Report on vaccination in Madras 1877-1894 - 1877-1894
Year: 1877
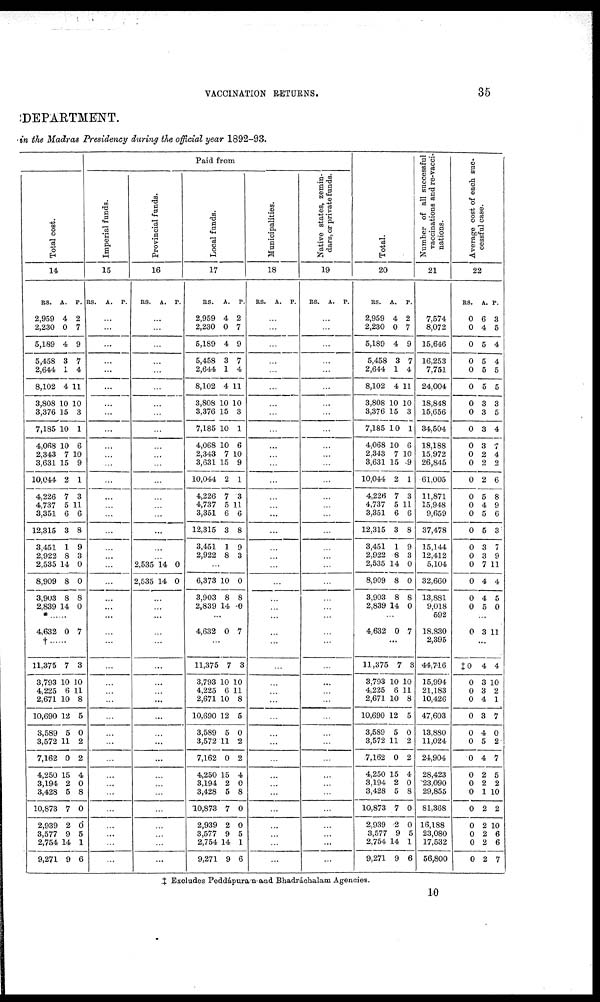
VACCINATION RETURNS.
35
DEPARTMENT.
in the Madras Presidency during the official year 1892-93.
Total cost.
14
RS.
2,959
2,230
5,189
5,458
2,644
8,102
3,808
3,376
7,185
4,068
2,343
3,631
10,044
4,226
4,737
3,351
12,315
3,451
2,922
2,535
8,909
3,903
2,839
A.
4
0
4
3
1
4
10
15
10
10
7
15
2
7
5
6
3
1
8
14
8
8
14
P.
2
7
9
7
4
11
10
3
1
6
10
9
1
3
11
6
8
9
3
0
0
8
0
*......
4,632 0 7
† ......
11,375
3,793
4,225
2,671
10,690
3,589
3,572
7,162
4,250
3,194
3,428
10,873
2,939
3,577
2,754
9,271
7
10
6
10
12
5
11
0
15
2
5
7
2
9
14
9
3
10
11
8
5
0
2
2
4
0
8
0
6
5
1
6
Paid from
Imperial funds.
15
RS. A. P.
...
...
...
...
...
...
...
...
...
...
...
...
...
...
...
...
...
...
...
...
...
...
...
...
...
...
...
...
...
...
...
...
...
...
...
...
...
...
...
...
...
...
Provincial funds.
16
RS. A. P.
...
...
...
...
...
...
...
...
...
...
...
...
...
...
...
...
...
...
...
2,535
2,535
14
14
0
0
...
...
...
...
...
...
...
...
...
...
...
...
...
...
...
...
...
...
...
...
...
Local funds.
17
AS.
2,959
2,230
5,189
5,458
2,644
8,102
3,808
3,376
7,185
4,068
2,343
3,631
10,044
4,226
4,737
3,351
12,315
3,451
2,922
A.
4
0
4
3
1
4
10
15
10
10
7
15
2
7
5
6
3
1
8
P.
2
7
9
7
4
11
10
3
1
6
10
9
1
3
11
6
8
9
3
...
6,373
3,903
2,839
10
8
14
0
8
0
...
4,632 0 7
...
11,375
3,793
4,225
2,671
10,690
3,589
3,572
7,162
4,250
3,194
3,428
10,873
2,939
3,577
2,754
9,271
7
10
6
10
12
5
11
0
15
2
5
7
2
9
14
9
3
10
11
8
5
0
2
2
4
0
8
0
0
5
1
6
Municipalities.
18
RS. A. P.
...
...
...
...
...
...
...
...
...
...
...
...
...
...
...
...
...
...
...
...
...
...
...
...
...
...
...
...
...
...
...
...
...
...
...
...
...
...
...
...
...
...
Native states, zemin-
dars, or private funds.
19
RS. A. P.
...
...
...
...
...
...
...
...
...
...
...
...
...
...
...
...
...
...
...
...
...
...
...
...
...
...
...
...
...
...
...
...
...
...
...
...
...
...
...
...
...
...
Total.
20
RS.
2,959
2,230
5,189
5,458
2,644
8,102
3,808
3,376
7,185
4,068
2,343
3,631
10,044
4,226
4,737
3,351
12,315
3,451
2,922
2,535
8,909
3,903
2,839
A.
4
0
4
3
1
4
10
15
10
10
7
15
2
7
5
6
3
1
8
14
8
8
14
P.
2
7
9
7
4
11
10
3
1
6
10
9
1
3
11
6
8
9
3
0
0
8
0
...
4,632 0 7
...
11,375
3,793
4,225
2,671
10,690
3,589
3,572
7,162
4,250
3,194
3,428
10,873
2,939
3,577
2,754
9,271
7
10
6
10
12
5
11
0
15
2
5
7
2
9
14
9
3
10
11
8
5
0
2
2
4
0
8
0
0
5
1
6
Number of all successful
vaccinations and re-vacci-
nations.
21
7,574
8,072
15,646
16,253
7,751
24,004
18,848
15,656
34,504
18,188
15,972
26,845
61,005
11,871
15,948
9,659
37,478
15,144
12,412
5,104
32,660
13,881
9,018
592
18,830
2,395
44,716
15,994
21,183
10,426
47,603
13,880
11,024
24,904
28,423
23,090
29,855
81,368
16,188
23,080
17,532
56,800
Average cost of each suc-
cessful case.
22
RS.
0
0
0
0
0
0
0
0
0
0
0
0
0
0
0
0
0
0
0
0
0
0
0
A.
6
4
5
5
5
5
3
3
3
3
2
2
2
5
4
5
5
3
3
7
4
4
5
P.
3
5
4
4
5
5
3
5
4
7
4
2
6
8
9
6
3
7
9
11
4
5
0
...
0 3 11
...
‡0
0
0
0
0
0
0
0
0
0
0
0
0
0
0
c
4
3
3
4
3
4
5
4
2
2
1
2
2
2
2
2
4
10
2
1
7
0
2
7
5
2
10
2
10
6
6
7
‡ Excludes Peddápuranand Bhadráchalam Agencies.
10